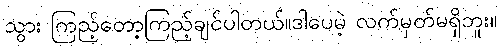
သွား ကြည့်တော့ကြည့်ချင်ပါတယ်။ဒါပေမဲ့ လက်မှတ်မရှိဘူး။